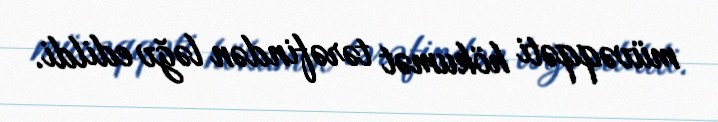
müvəqqəti hökumət tərəfindən ləğv edildi.